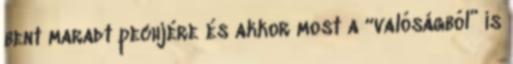
bent maradt pechjére és akkor most a “valóságból” is